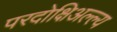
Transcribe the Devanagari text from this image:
परदोक्षिअल्ल्य